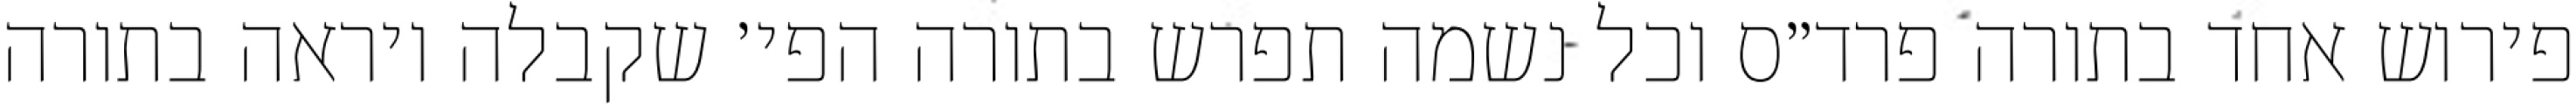
פירוש אחד בתורה פרד״ס וכל נשמה תפרש בתורה הפי׳ שקבלה ויראה בתורה